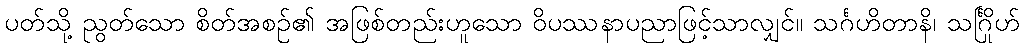
ပတ်သို့ ညွတ်သော စိတ်အစဉ်၏ အဖြစ်တည်းဟူသော ဝိပဿနာပညာဖြင့်သာလျှင်။ သင်္ဂဟိတာနိ၊ သင်္ဂြိုဟ်